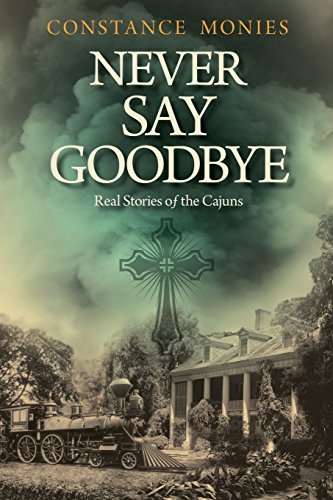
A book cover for Never Say Goodbye; Constance Monies; Literature & Fiction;